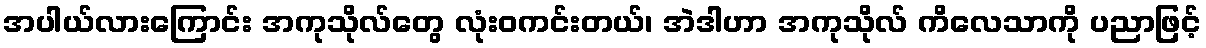
အပါယ်လားကြောင်း အကုသိုလ်တွေ လုံးဝကင်းတယ်၊ အဲဒါဟာ အကုသိုလ် ကိလေသာကို ပညာဖြင့်